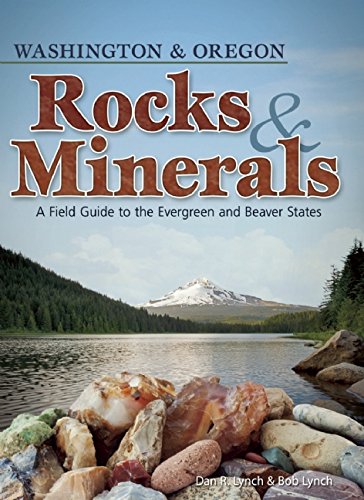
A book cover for Rocks and Minerals of Washington and Oregon: A Field Guide to the Evergreen and Beaver States; Dan R. Lynch; Science & Math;